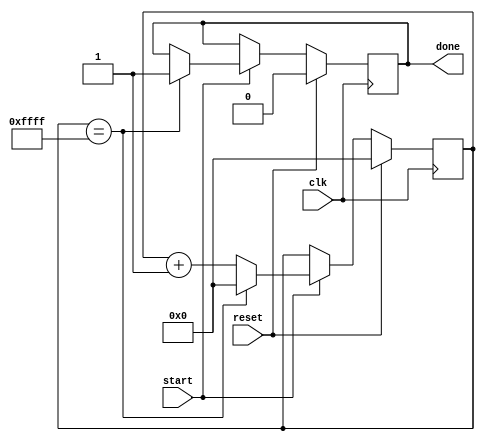
module countdown_timer(
    input wire clk,
    input wire reset,
    input wire start,
    output reg done
);

reg [15:0] counter;
parameter COUNT_VALUE = 65535;

always @(posedge clk) begin
    if (reset) begin
        counter <= 0;
        done <= 0;
    end else if (start) begin
        counter <= counter + 1;
        if (counter == COUNT_VALUE) begin
            done <= 1;
            counter <= 0;
        end
    end
end

endmodule